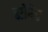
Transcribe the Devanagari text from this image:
सोरेट